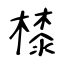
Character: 㯃